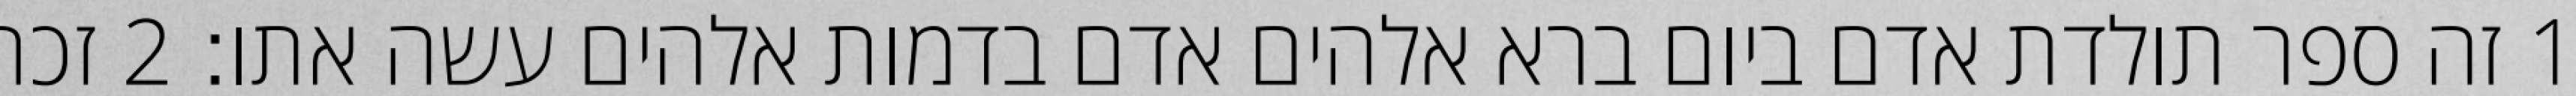
1 זה ספר תולדת אדם ביום ברא אלהים אדם בדמות אלהים עשה אתו׃ ‎2‏ זכר